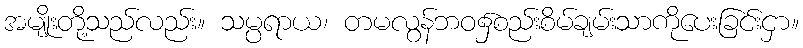
အမျိုးတို့သည်လည်း။ သမ္ပရာယ၊ တမလွန်ဘဝ၌စည်းစိမ်ချမ်းသာကိုပေးခြင်းငှာ။